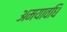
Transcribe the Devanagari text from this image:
अमयावधि